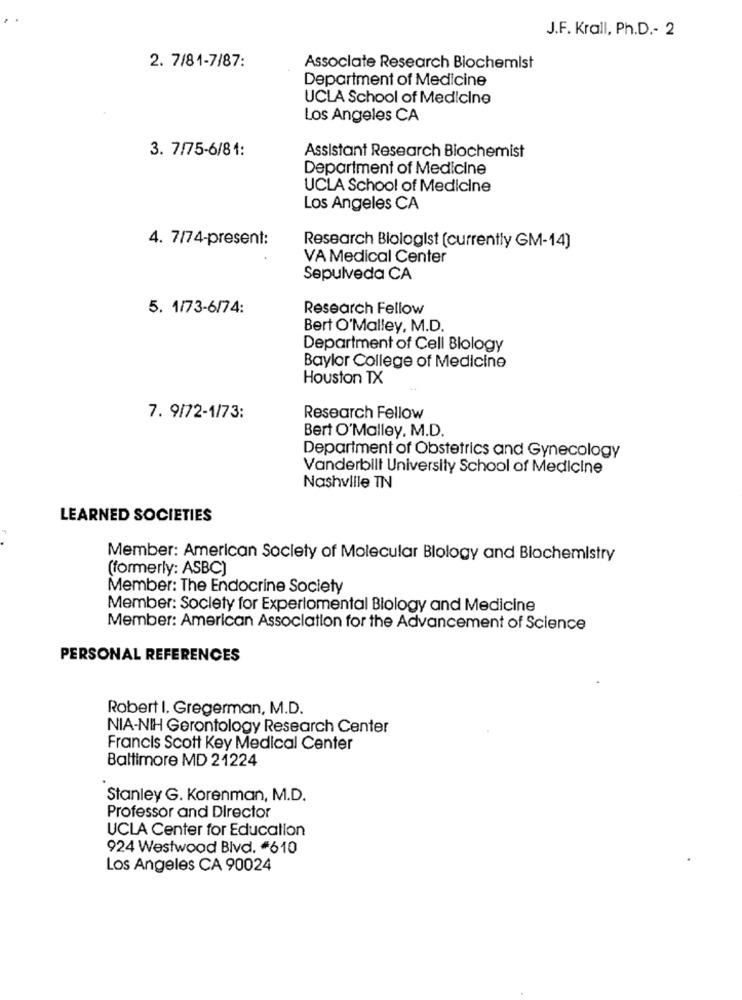
J.F. Krall, Ph.D .- 2
2. 7/81-7/87:
Associate Research Biochemist
Department of Medicine
UCLA School of Medicine
Los Angeles CA
3. 7/75-6/81:
Assistant Research Biochemist
Department of Medicine
UCLA School of Medicine
Los Angeles CA
4. 7/74-present:
Research Biologist (currently GM-14)
VA Medical Center
Sepulveda CA
5. 1/73-6/74:
Research Fellow
Bert O'Malley, M.D.
Department of Cell Biology
Baylor College of Medicine
Houston TX
7. 9/72-1/73:
Research Fellow
Bert O'Malley. M.D.
Department of Obstetrics and Gynecology
Vanderbilt University School of Medicine
Nashville TN
LEARNED SOCIETIES
Member: American Society of Molecular Biology and Biochemistry
(formerly: ASBC)
Member: The Endocrine Society
Member: Society for Experiomental Biology and Medicine
Member: American Association for the Advancement of Science
PERSONAL REFERENCES
Robert I. Gregerman, M.D.
NIA-NIH Gerontology Research Center
Francis Scott Key Medical Center
Baltimore MD 21224
Stanley G. Korenman, M.D.
Professor and Director
UCLA Center for Education
924 Westwood Blvd. 610
Los Angeles CA 90024